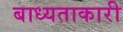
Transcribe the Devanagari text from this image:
बाध्यताकारी